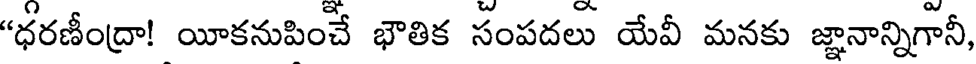
"ధరణీంద్రా! యీకనుపించే భౌతిక సంపదలు యేవీ మనకు జ్ఞానాన్నిగానీ,